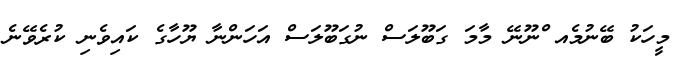
މީހަކު ބޭނުމެއ ްނޫނޭ މާމަ ގަބޫލަސް ނުގަބޫލަސް އަހަންނާ ޔޫހާގެ ކައިވެނި ކުރެވޭނެ